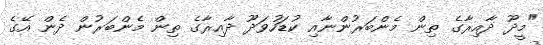
"މީދޫ ދާއިރާގެ ތިން މެންބަރުންނާއި ކުޑަހުވަދޫ ދާއިރާގެ ތިން މެންބަރުން ދެން އޭގެ